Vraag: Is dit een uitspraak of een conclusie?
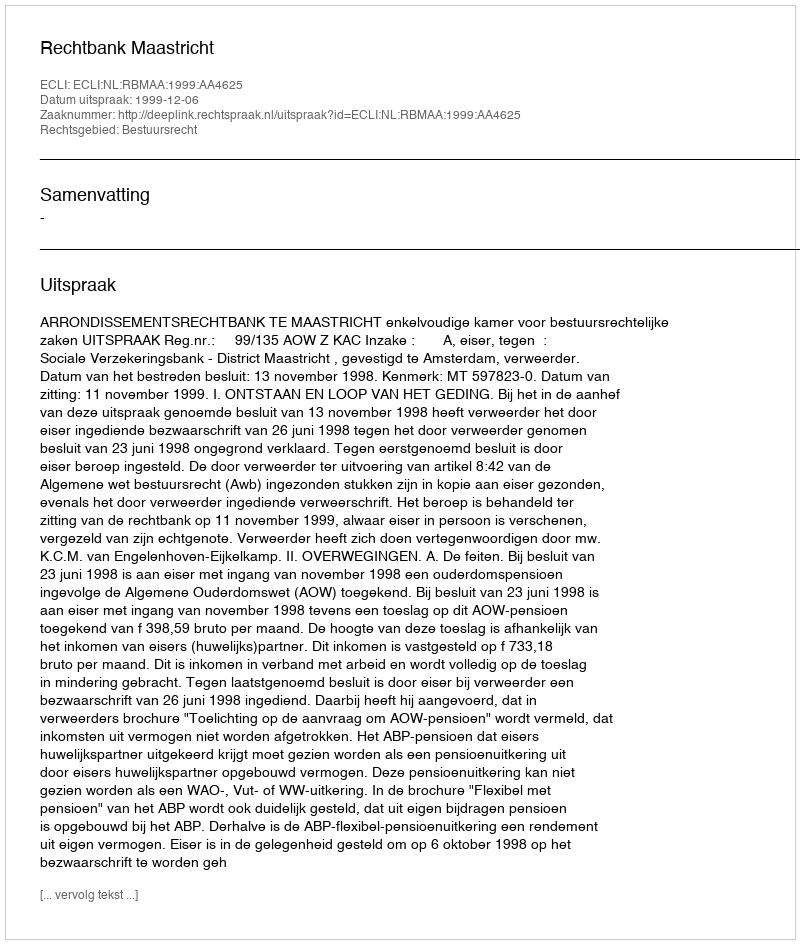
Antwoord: Uitspraak